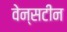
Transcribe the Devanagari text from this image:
वेन्सटीन